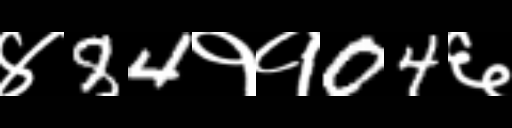
Text: ४84११04६